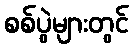
စစ်ပွဲများတွင်